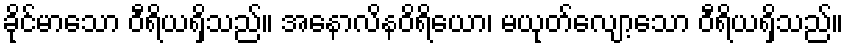
ခိုင်မာသော ဝီရိယရှိသည်။ အနောလိနဝိရိယော၊ မယုတ်လျော့သော ဝီရိယရှိသည်။